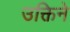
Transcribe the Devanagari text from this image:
उक्तिने